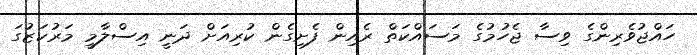
ހައްޖުވެރިންގެ ވިސާ ޖެހުމުގެ މަސައްކަތް ރެއިން ފެށިގެން ކުރިއަށް ދަނީ އިސްލާމީ މަރުކަޒުގަ